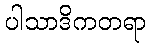
ပါသာဒိကတရာ